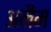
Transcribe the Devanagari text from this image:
अनैम